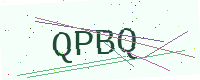
Text: QPBQ